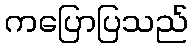
ကပြောပြသည်